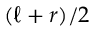
( \ell + r ) / 2